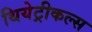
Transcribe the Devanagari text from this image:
थियेट्रीकल्स